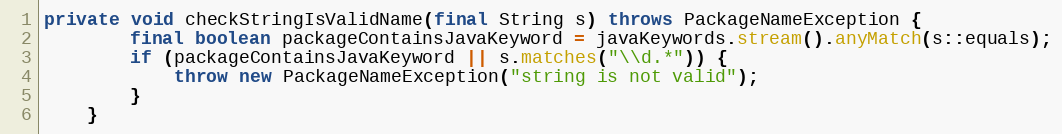
Language: Java
private void checkStringIsValidName(final String s) throws PackageNameException {
        final boolean packageContainsJavaKeyword = javaKeywords.stream().anyMatch(s::equals);
        if (packageContainsJavaKeyword || s.matches("\\d.*")) {
            throw new PackageNameException("string is not valid");
        }
    }